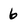
Character: 6